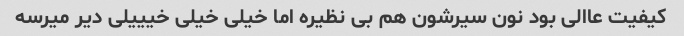
کیفیت عاالی بود نون سیرشون هم بی نظیره اما خیلی خیلی خیییلی دیر میرسه